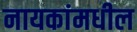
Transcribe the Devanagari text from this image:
नायकांमधील